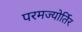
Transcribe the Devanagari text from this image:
परमज्‍योर्तिर